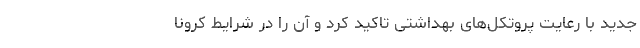
جدید با رعایت پروتکل‌های بهداشتی تاکید کرد و آن را در شرایط کرونا